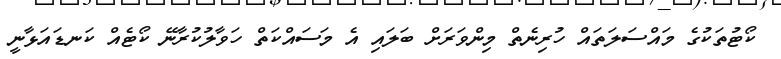
ކޯޓުތަކުގެ މައްސަލަތައް ހުރިނެތް މިންވަރަށް ބަލައި އެ މަސައްކަތް ހަވާލުކުރާނޭ ކޯޓެއް ކަނޑައަޅާނީ